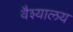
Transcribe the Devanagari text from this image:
वैश्यालय